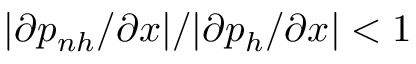
| \partial p _ { n h } / \partial x | / | \partial p _ { h } / \partial x | < 1